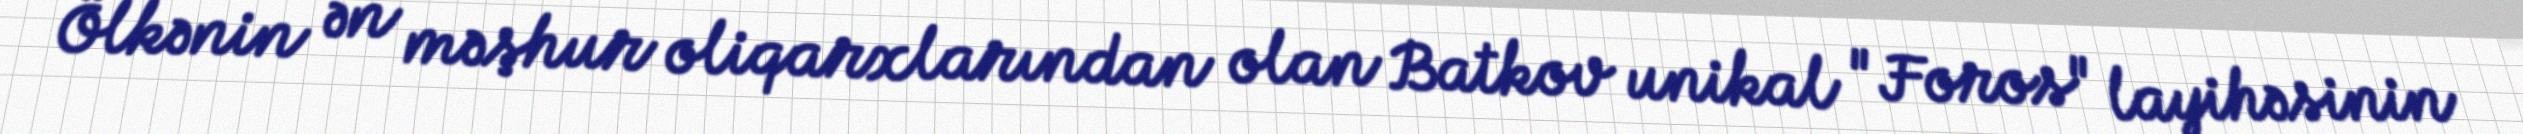
Ölkənin ən məşhur oliqarxlarından olan Batkov unikal "Foros" layihəsinin